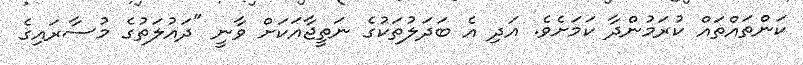
ކަންތައްތައް ކުރަމުންދާ ކަމަށެވެ. އަދި އެ ބަދަލުތަކުގެ ނަތީޖާއަކަށް ވާނީ "ދައުލަތުގެ މުސާރައިގެ